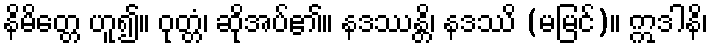
နိမိတ္တေ ဟူ၍။ ဝုတ္တံ၊ ဆိုအပ်၏။ နဒဿန္တိ၊ နဒဿိ (မမြင်)။ ဣဒါနိ၊